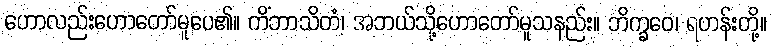
ဟောလည်းဟောတော်မူပေ၏။ ကိံဘာသိတံ၊ အဘယ်သို့ဟောတော်မူသနည်း။ ဘိက္ခဝေ၊ ရဟန်းတို့။